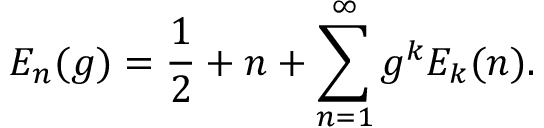
E _ { n } ( g ) = \frac { 1 } { 2 } + n + \sum _ { n = 1 } ^ { \infty } g ^ { k } E _ { k } ( n ) .